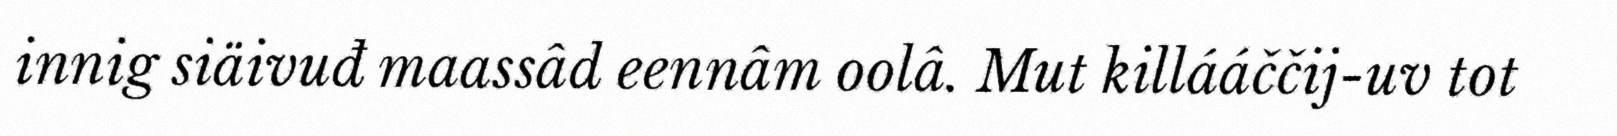
innig siäivuđ maassâd eennâm oolâ. Mut killááččij-uv tot